Scottish Certificate of Education, 1963
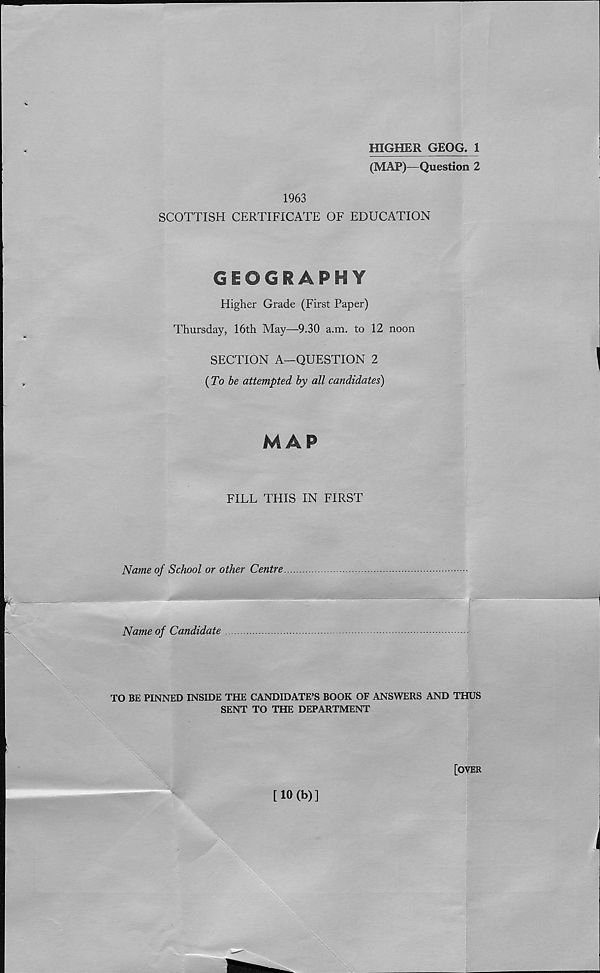
HIGHER GEOG. 1
(MAP)—Question 2
1963
SCOTTISH CERTIFICATE OF EDUCATION
GEOGRAPHY
Higher Grade (First Paper)
Thursday, 16th May—9.30 a.m. to 12 noon
SECTION A—QUESTION 2
( To be attempted by all candidates)
MAP
FILL THIS IN FIRST
Name of School or other Centre
Name of Candidate
TO BE PINNED INSIDE THE CANDIDATE’S BOOK OF ANSWERS AND THUS
SENT TO THE DEPARTMENT